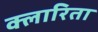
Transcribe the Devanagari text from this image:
क्लारिता